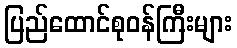
ပြည်ထောင်စုဝန်ကြီးများ